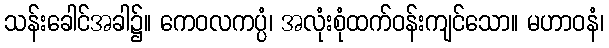
သန်းခေါင်အခါ၌။ ကေဝလကပ္ပံ၊ အလုံးစုံထက်ဝန်းကျင်သော။ မဟာဝနံ၊